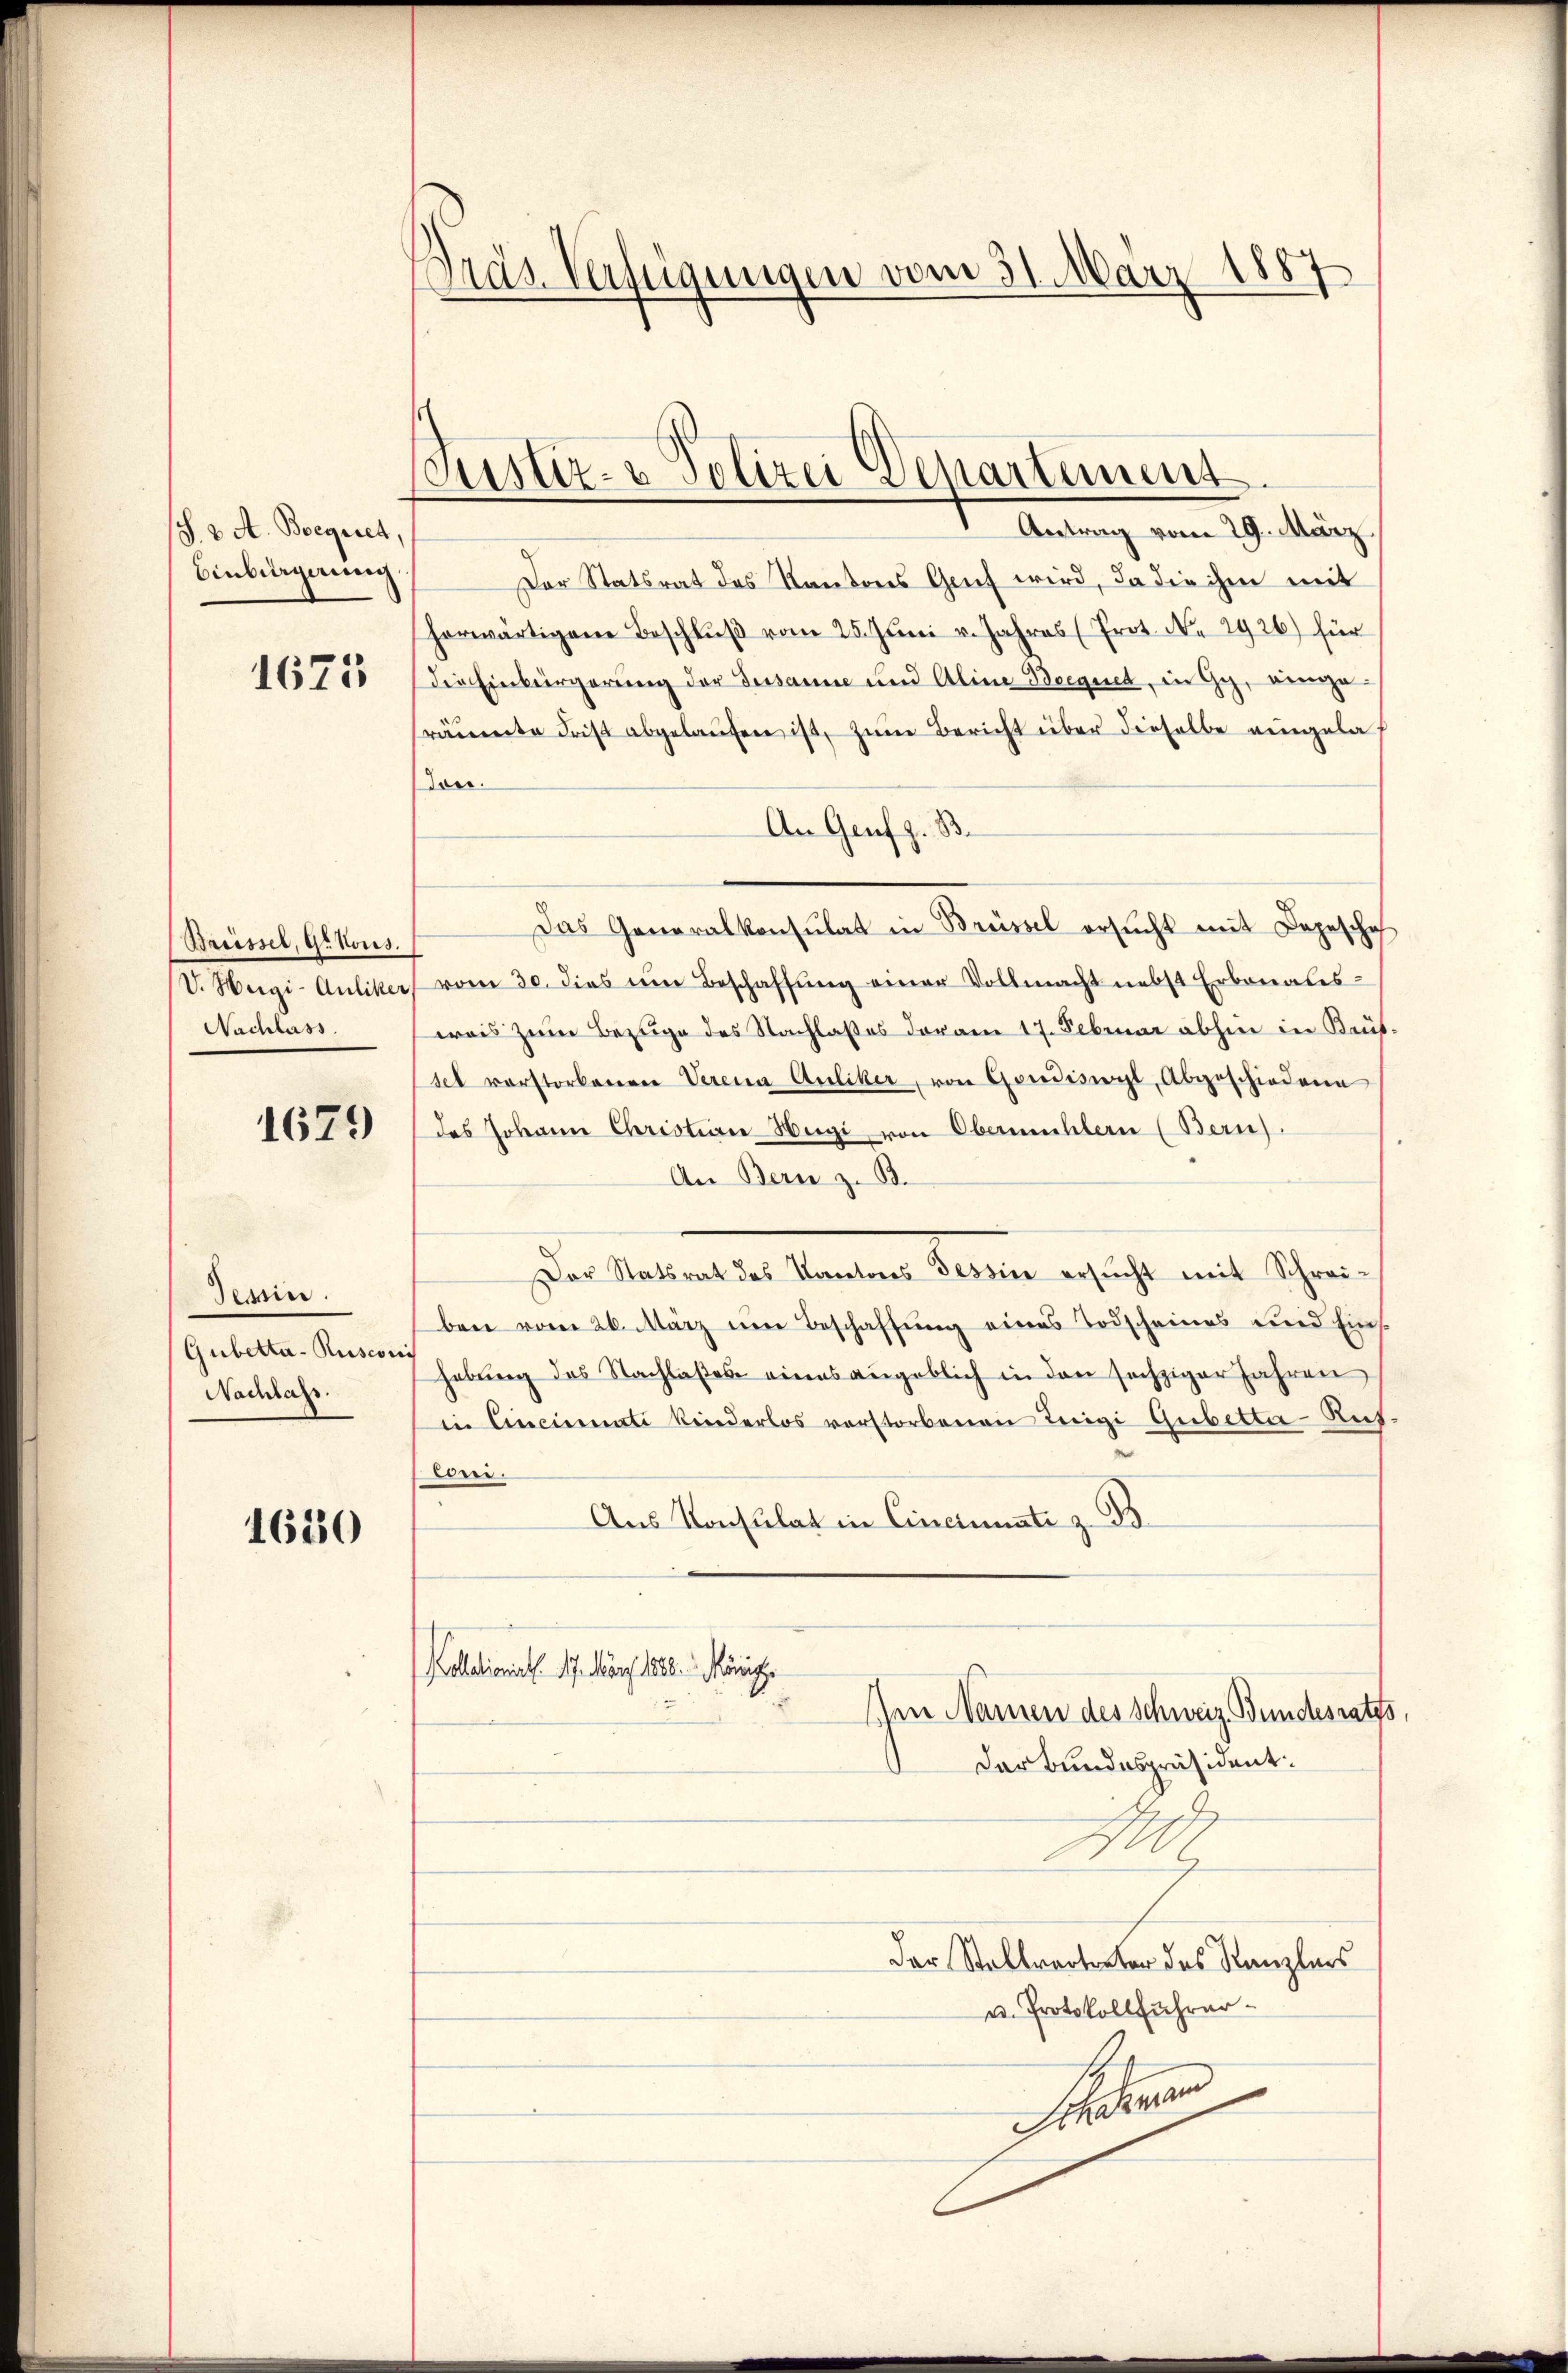
(§. 2. A. Boegiret,
Einbürgerung

1675

Barissel, Gr. Kons.
V. Hegi-Auliker,
Nachlass

1679

Tessin.
Gubetta-Rusconi
Nachlass.

1620

Tras Verfügungen vom 31. März 1887

Coustiz- & Polizei Departement
Antrag vom 29. März

Der Statsrat des Kantons Gruf wird, da die ihm mit
horwärtigen Beschlŭβ vom 25. Jŭni v. Jahres (Prot. No 2926) für
die Einbürgerung der Dessance und Aline Beegnet, in Gy, einige
räumte Frist abgelaŭfen ist, zŭm Bericht über dieselbe eingelaf
.
An Genf z. B.
Das Generalkonsulat in Brüssel ersŭcht mit Depeschaf
vom 30. dies im Beschaffŭng einer Vollmacht nebst Erbonales-
weis zum Bezuge des Nachlasses der am 17. Februar abhin in Brüt.
sel vorstorbenen Verena Auliker, von Gondiswyl, Abgeschiedene
des Johann Christian Hegi von Obermühlern (Bern).
An Bern z. B.
Der Statsrat des Kantons Tessin ersŭcht mit Schrei-
ben vom 26. März um Beschaffung eines Todscheines und Einshebŭng des Nachlaßes eines angeblich in den sechziger Jahren
in Cincinati kinderlos verstorbenen Teigi Gubetta - Rut
Eisen.
Aus Konsulat in Cinciniste z. B.
Kollationiert. 17. März 1880 Minische
Ien Namen des Schweiz. Bundesraths
darbundespräsident.
A
Der Stallvertreter des Kanzlers
u. Protokollführer¬
Paten